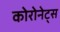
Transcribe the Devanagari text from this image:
कोरोनेट्स